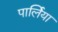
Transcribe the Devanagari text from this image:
पार्लिया